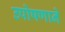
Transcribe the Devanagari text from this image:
उपोषणाने